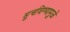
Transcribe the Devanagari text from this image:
सुचविण्यामुळे